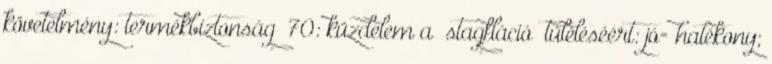
követelmény: termékbiztonság ’70: küzdelem a „stagfláció” túléléséért: jó= hatékony;